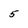
Character: 5